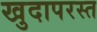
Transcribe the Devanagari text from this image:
खुदापरस्त